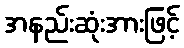
အနည်းဆုံးအားဖြင့်